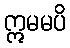
ဣမမပိ